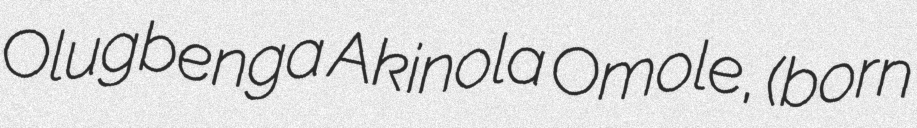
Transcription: Olugbenga Akinola Omole, (born